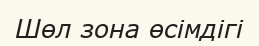
Шөл зона өсімдігі